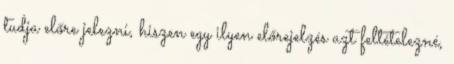
tudja előre jelezni, hiszen egy ilyen előrejelzés azt feltételezné,